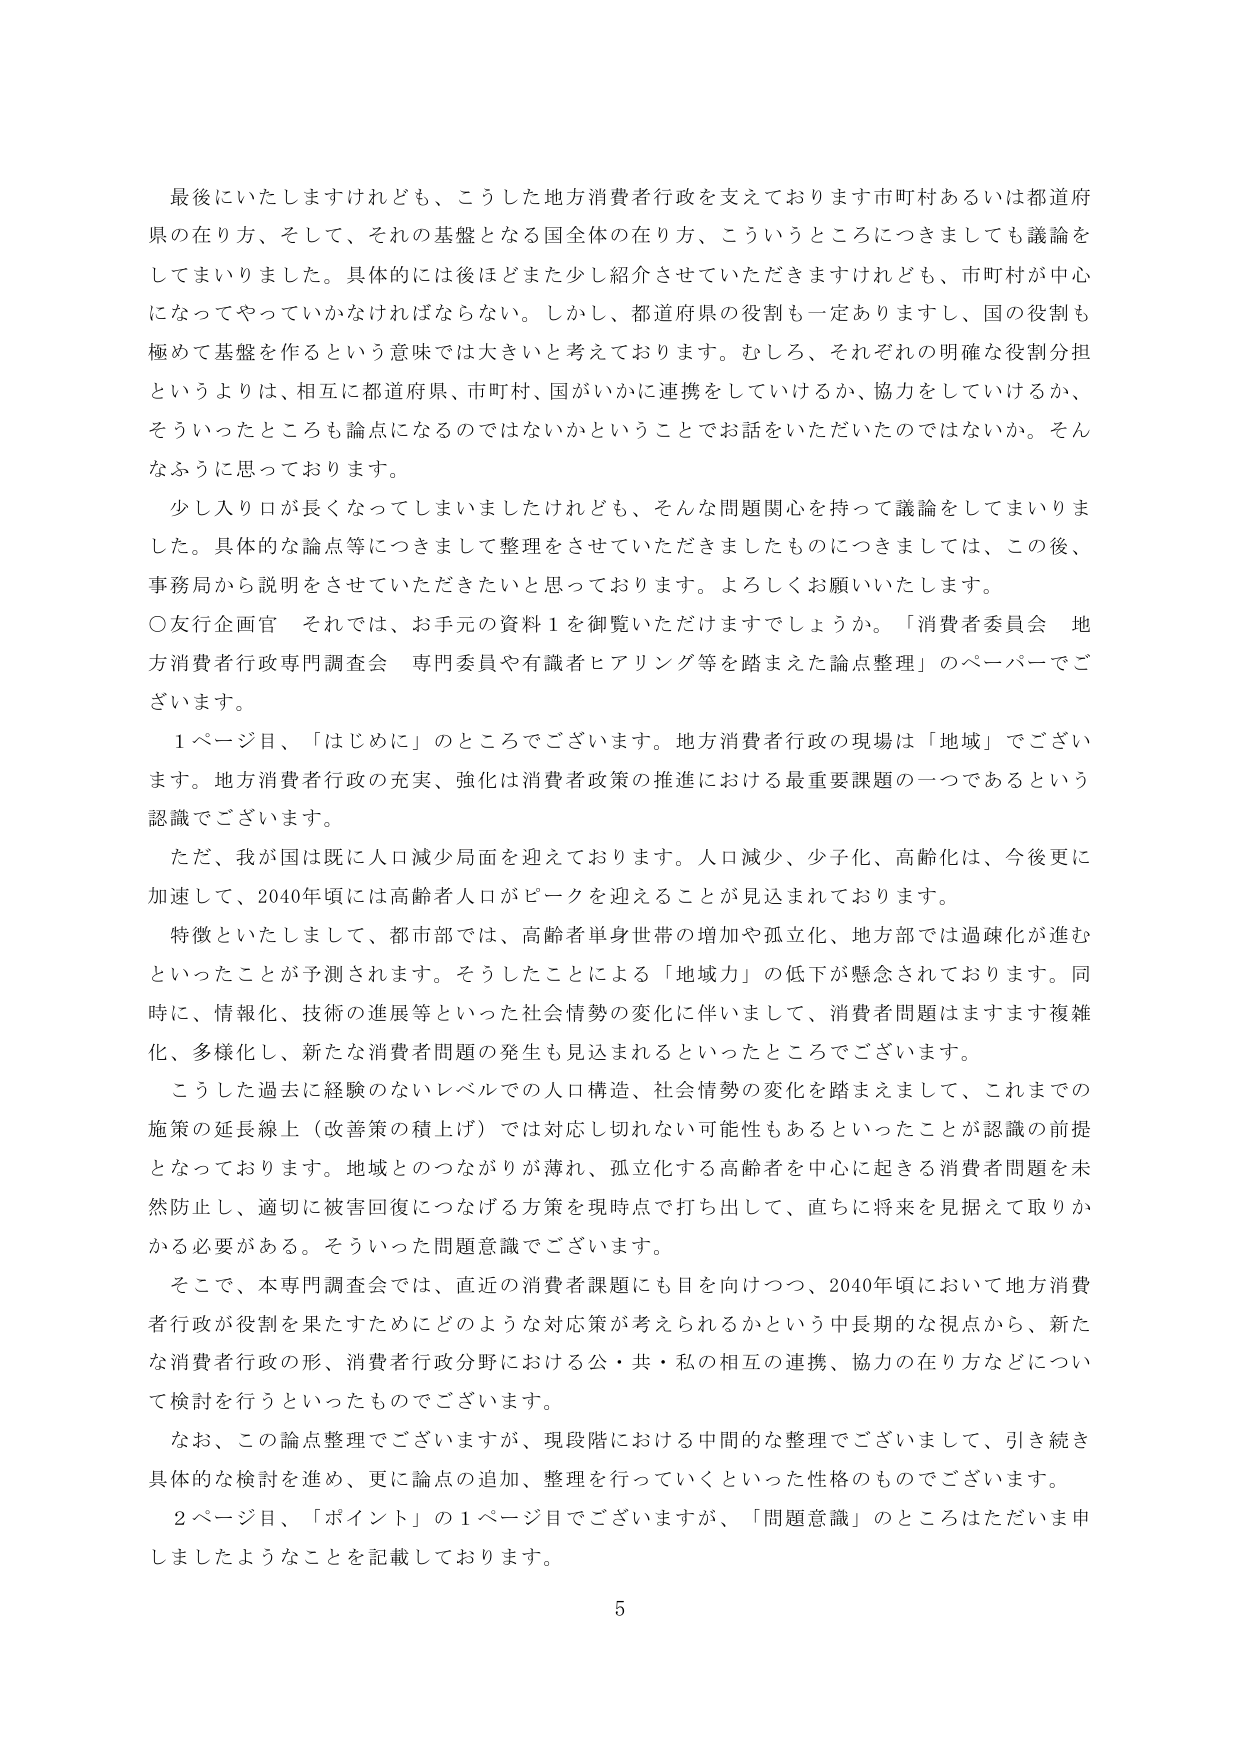
最後にいたしますけれども、こうした地方消費者行政を支えております市町村あるいは都道府県の在り方、そして、それの基盤となる国全体の在り方、こういうところにつきましても議論をしてまいりました。具体的には後ほどまた少し紹介させていただきますけれども、市町村が中心になってやっていかなければならない。しかし、都道府県の役割も一定ありますし、国の役割も極めて基盤を作るという意味では大きいと考えております。むしろ、それぞれの明確な役割分担というよりは、相互に都道府県、市町村、国がいかに連携をしていけるか、協力をしていけるか、そういったところも論点になるのではないかということでお話をいただいたのではないかなふうに思っております。

少し入り口が長くなってしまいましたけれども、そんな問題関心を持って議論をしてまいりました。具体的な論点等につきまして整理をさせていただきましたものにつきましては、この後、事務局から説明をさせていただきたいと思っております。よろしくお願いいたします。

○友行企画官　それでは、お手元の資料１を御覧いただけますでしょうか。「消費者委員会　地方消費者行政専門調査会　専門委員や有識者ヒアリング等を踏まえた論点整理」のペーパーでございます。

１ページ目、「はじめに」のところでございます。地方消費者行政の現場は「地域」でございます。地方消費者行政の充実、強化は消費者政策の推進における最重要課題の一つであるという認識でございます。

ただ、我が国は既に人口減少局面を迎えております。人口減少、少子化、高齢化は、今後更に加速して、2040年頃には高齢者人口がピークを迎えることが見込まれております。

特徴といたしまして、都市部では、高齢者単身世帯の増加や孤立化、地方部では過疎化が進むといったことが予測されます。そうしたことによる「地域力」の低下が懸念されております。同時に、情報化、技術の進展等といった社会情勢の変化に伴いまして、消費者問題はますます複雑化、多様化し、新たな消費者問題の発生も見込まれるといったところでございます。

こうした過去に経験のないレベルでの人口構造、社会情勢の変化を踏まえまして、これまでの施策の延長線上（改善策の積上げ）では対応し切れない可能性もあるといったことが認識の前提となっております。地域とのつながりが薄れ、孤立化する高齢者を中心に起きる消費者問題を未然防止し、適切に被害回復につなげる方策を現時点で打ち出して、直ちに将来を見据えて取りかかる必要がある。そういった問題意識でございます。

そこで、本専門調査会では、直近の消費者課題にも目を向けつつ、2040年頃において地方消費者行政が役割を果たすためにどのような対応策が考えられるかという中長期的な視点から、新たな消費者行政の形、消費者行政分野における公・共・私の相互の連携、協力の在り方などについて検討を行うといったものでございます。

なお、この論点整理でございますが、現段階における中間的な整理でございまして、引き続き具体的な検討を進め、更に論点の追加、整理を行っていくといった性格のものでございます。

２ページ目、「ポイント」の１ページ目でございますが、「問題意識」のところはただいま申しましたようなことを記載しております。

5